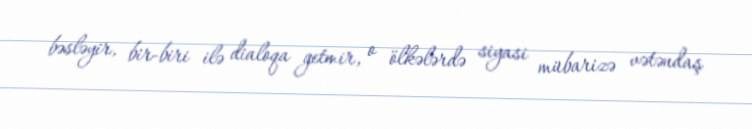
bəsləyir, bir-biri ilə dialoqa getmir, o ölkələrdə siyasi mübarizə vətəndaş